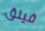
فيلق